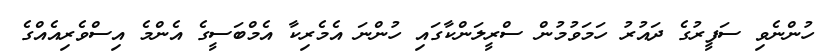
ހުންނެވި ސަފީރުގެ ދައުރު ހަމަވުމުން ސްރީލަންކާގައި ހުންނަ އެމެރިކާ އެމްބަސީގެ އެންމެ އިސްވެރިއެއްގެ